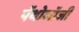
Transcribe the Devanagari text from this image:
पॅथोलॉजी